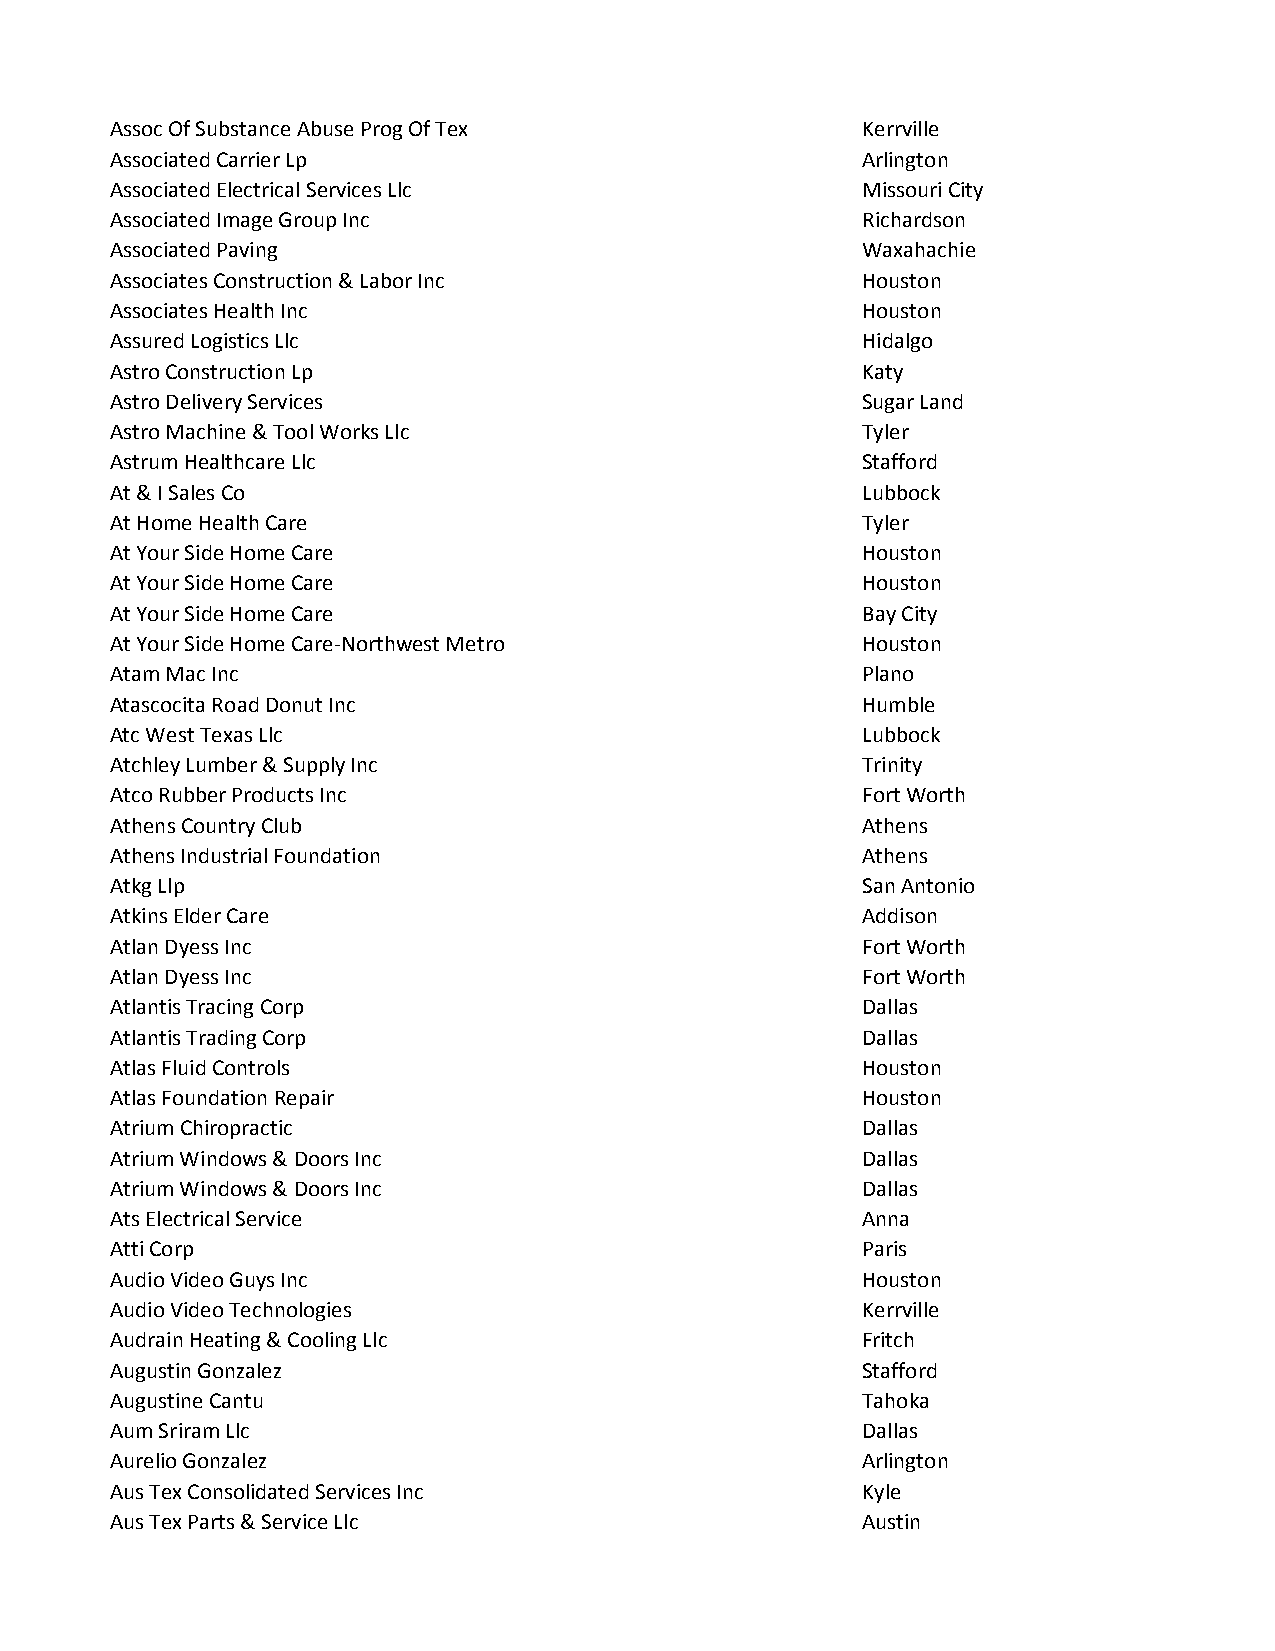
Assoc Of Substance Abuse Prog Of Tex              Kerrville
 Associated Carrier Lp                             Arlington
 Associated Electrical Services Llc                Missouri City
 Associated Image Group Inc                        Richardson
 Associated Paving                                 Waxahachie
 Associates Construction & Labor Inc               Houston
 Associates Health Inc                             Houston
 Assured Logistics Llc                             Hidalgo
 Astro Construction Lp                             Katy
 Astro Delivery Services                           Sugar Land
 Astro Machine & Tool Works Llc                    Tyler
 Astrum Healthcare Llc                             Stafford
 At & I Sales Co                                   Lubbock
 At Home Health Care                               Tyler
 At Your Side Home Care                            Houston
 At Your Side Home Care                            Houston
 At Your Side Home Care                            Bay City
 At Your Side Home Care-Northwest Metro            Houston
 Atam Mac Inc                                      Plano
 Atascocita Road Donut Inc                         Humble
 Atc West Texas Llc                                Lubbock
 Atchley Lumber & Supply Inc                       Trinity
 Atco Rubber Products Inc                          Fort Worth
 Athens Country Club                               Athens
 Athens Industrial Foundation                      Athens
 Atkg Llp                                          San Antonio
 Atkins Elder Care                                 Addison
 Atlan Dyess Inc                                   Fort Worth
 Atlan Dyess Inc                                   Fort Worth
 Atlantis Tracing Corp                             Dallas
 Atlantis Trading Corp                             Dallas
 Atlas Fluid Controls                              Houston
 Atlas Foundation Repair                           Houston
 Atrium Chiropractic                               Dallas
 Atrium Windows & Doors Inc                        Dallas
 Atrium Windows & Doors Inc                        Dallas
 Ats Electrical Service                            Anna
 Atti Corp                                         Paris
 Audio Video Guys Inc                              Houston
 Audio Video Technologies                          Kerrville
 Audrain Heating & Cooling Llc                     Fritch
 Augustin Gonzalez                                 Stafford
 Augustine Cantu                                   Tahoka
 Aum Sriram Llc                                    Dallas
 Aurelio Gonzalez                                  Arlington
 Aus Tex Consolidated Services Inc                 Kyle
 Aus Tex Parts & Service Llc                       Austin